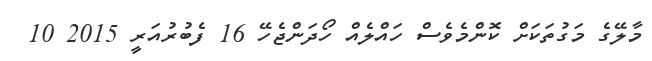
މާލޭގެ މަގުތަކަށް ކޮންމެވެސް ހައްލެއް ހޯދަންޖެހޭ 16 ފެބުރުއަރީ 2015 10